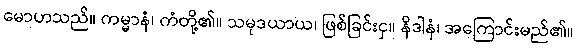
မောဟသည်။ ကမ္မာနံ၊ ကံတို့၏။ သမုဒယာယ၊ ဖြစ်ခြင်းငှ။ နိဒါနံ၊ အကြောင်းမည်၏။